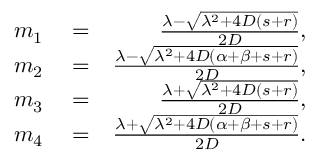
\begin{array} { r l r } { m _ { 1 } } & { { } = } & { \frac { \lambda - \sqrt { \lambda ^ { 2 } + 4 D ( s + r ) } } { 2 D } , } \\ { m _ { 2 } } & { { } = } & { \frac { \lambda - \sqrt { \lambda ^ { 2 } + 4 D ( \alpha + \beta + s + r ) } } { 2 D } , } \\ { m _ { 3 } } & { { } = } & { \frac { \lambda + \sqrt { \lambda ^ { 2 } + 4 D ( s + r ) } } { 2 D } , } \\ { m _ { 4 } } & { { } = } & { \frac { \lambda + \sqrt { \lambda ^ { 2 } + 4 D ( \alpha + \beta + s + r ) } } { 2 D } . } \end{array}